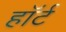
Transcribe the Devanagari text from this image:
हाॅर्ट